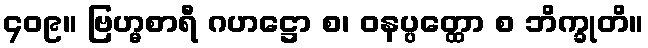
၄၀၉။ ဗြဟ္မစာရီ ဂဟဋ္ဌော စ၊ ဝနပ္ပတ္ထော စ ဘိက္ခုတိ။